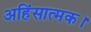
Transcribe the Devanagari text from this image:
अहिंसात्मक।